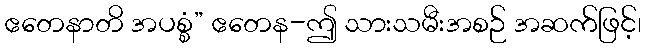
ဧတေနာတိ အပစ္စံ” ဧတေန-ဤ သားသမီးအစဉ် အဆက်ဖြင့်၊